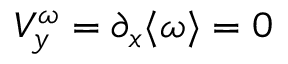
V _ { y } ^ { \omega } = \partial _ { x } \langle \omega \rangle = 0